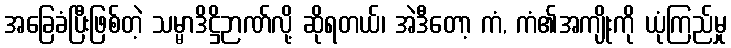
အခြေခံပြီးဖြစ်တဲ့ သမ္မာဒိဋ္ဌိဉာဏ်လို့ ဆိုရတယ်၊ အဲဒီတော့ ကံ, ကံ၏အကျိုးကို ယုံကြည်မှု